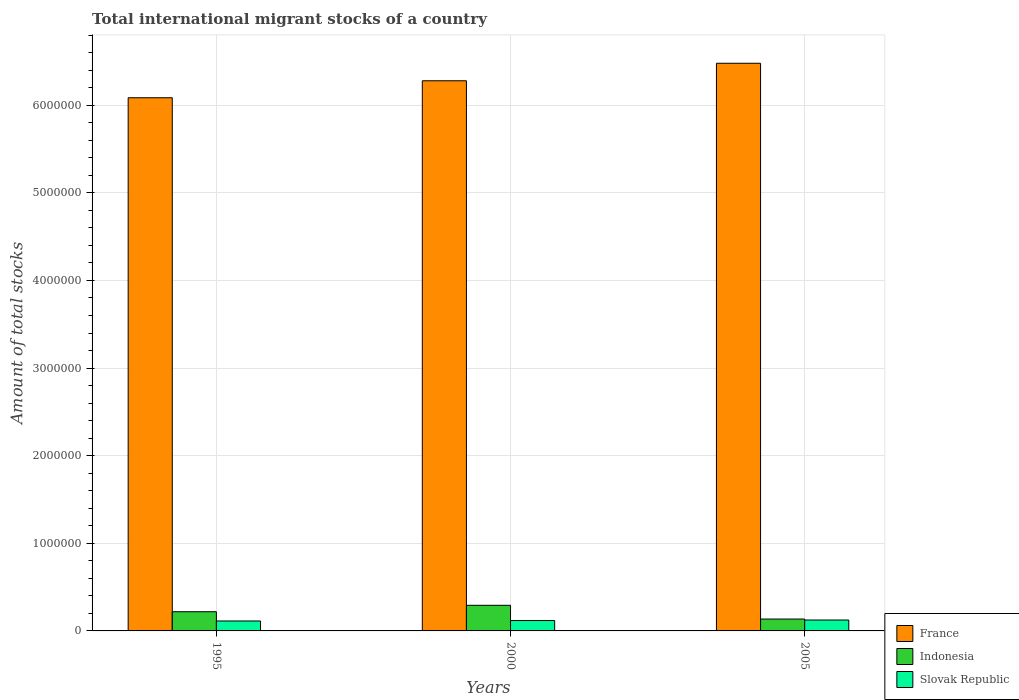
| Years | France | Indonesia | Slovak Republic |
 | --- | --- | --- | --- |
 | 1995 | 6.09e+06 | 2.19e+05 | 1.14e+05 |
 | 2000 | 6.28e+06 | 2.92e+05 | 1.18e+05 |
 | 2005 | 6.48e+06 | 1.36e+05 | 1.24e+05 |